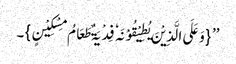
’’ {وَعَلَی الَّذِیْنَ یُطِیْقُوْنَہٗ فِدْیَۃٌ طَعَامُ مِسْکِیْنٍ}۔